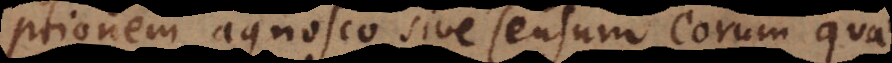
perceptionem agnosco sive sensum eorum quae